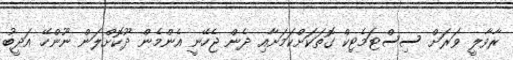
ރާވާލީ ވަރަށް ސިސްޓަމެޓިކް ގޮތަކަށްކަމަށާއި ދެން ޖެހޭނީ އެންމެން ދޫކޮށްލަން ނޫންހޭ އަދީބު